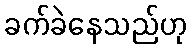
ခက်ခဲနေသည်ဟု